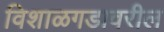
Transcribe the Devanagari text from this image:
विशाळगडावरील